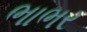
ભાભર